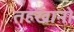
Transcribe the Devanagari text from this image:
तहखानो